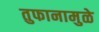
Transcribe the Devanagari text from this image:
तुफानामुळे